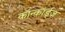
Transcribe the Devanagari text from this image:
कॉन्कॉर्ड्ज़